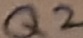
Text: Q2